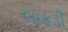
લાકડી